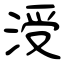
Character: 涭